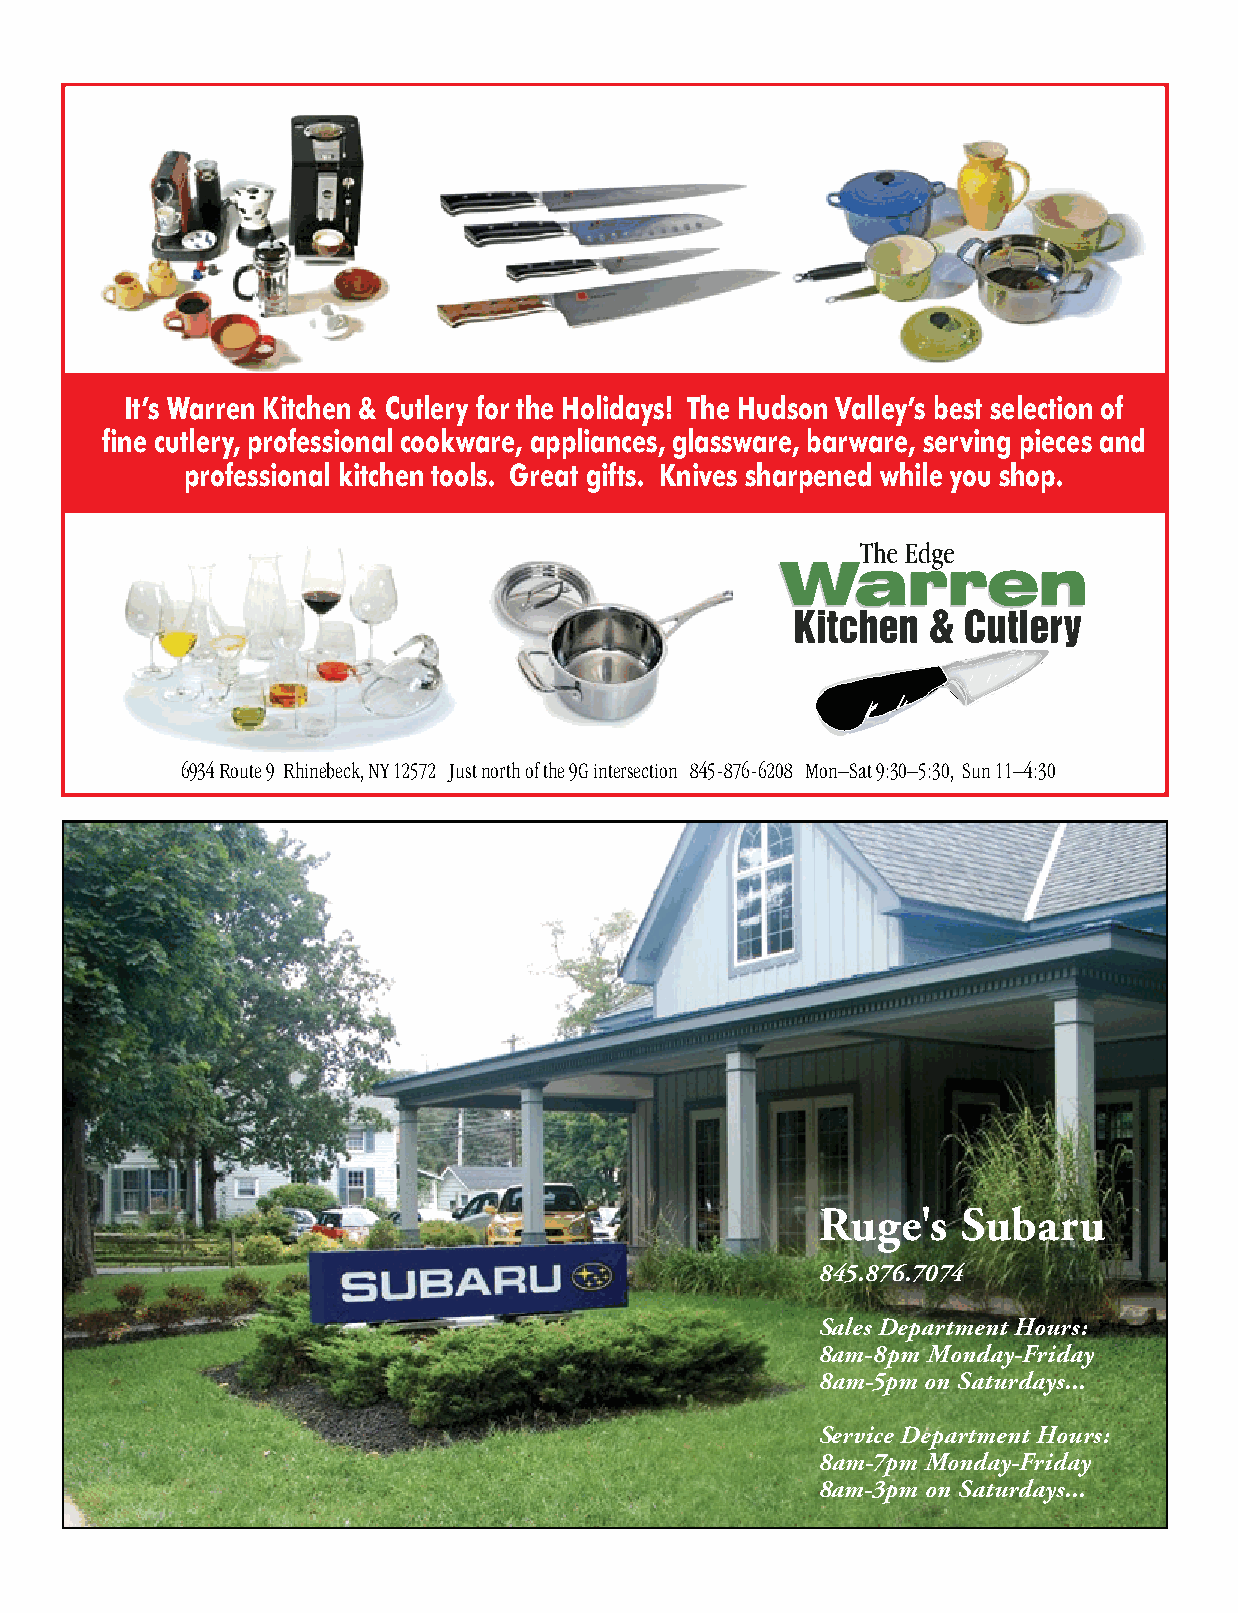
It’s Warren Kitchen & Cutlery for the Holidays! The Hudson Valley’s best selection of
 fine cutlery, professional cookware, appliances, glassware, barware, serving pieces and
 professional kitchen tools. Great gifts. Knives sharpened while you shop.
 6934 Route 9 Rhinebeck, NY 12572 Just north of the 9G intersection 845-876-6208 Mon–Sat 9:30–5:30, Sun 11–4:30
 wk&c_roll_nov10-hph.indd 1                                       10/26/10 3:15 PM
 Ruge's    Subaru
 845.876.7074
 Sales Department Hours:
 8am-8pm Monday-Friday
 8am-5pm on Saturdays...
 Service Department Hours:
 8am-7pm Monday-Friday
 8am-3pm on Saturdays...